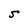
Character: S